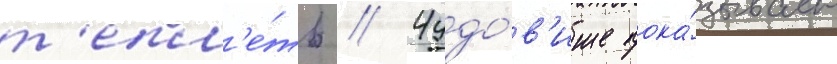
т'епл'е́ть // Чудо́в'ище пока́зывает